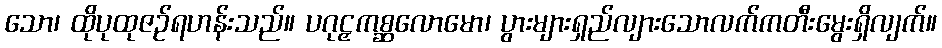
သော၊ ထိုပုထုဇဉ်ရဟန်းသည်။ ပဂုဠှကစ္ဆလောမော၊ ပွားများရှည်လျားသောလက်ကတီးမွေးရှိလျက်။